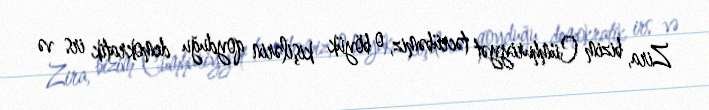
Zira, bizim Cümhuriyyət təcrübəmiz, o böyük kişilərin qoyduğu demokratik irs və